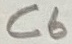
Text: C6